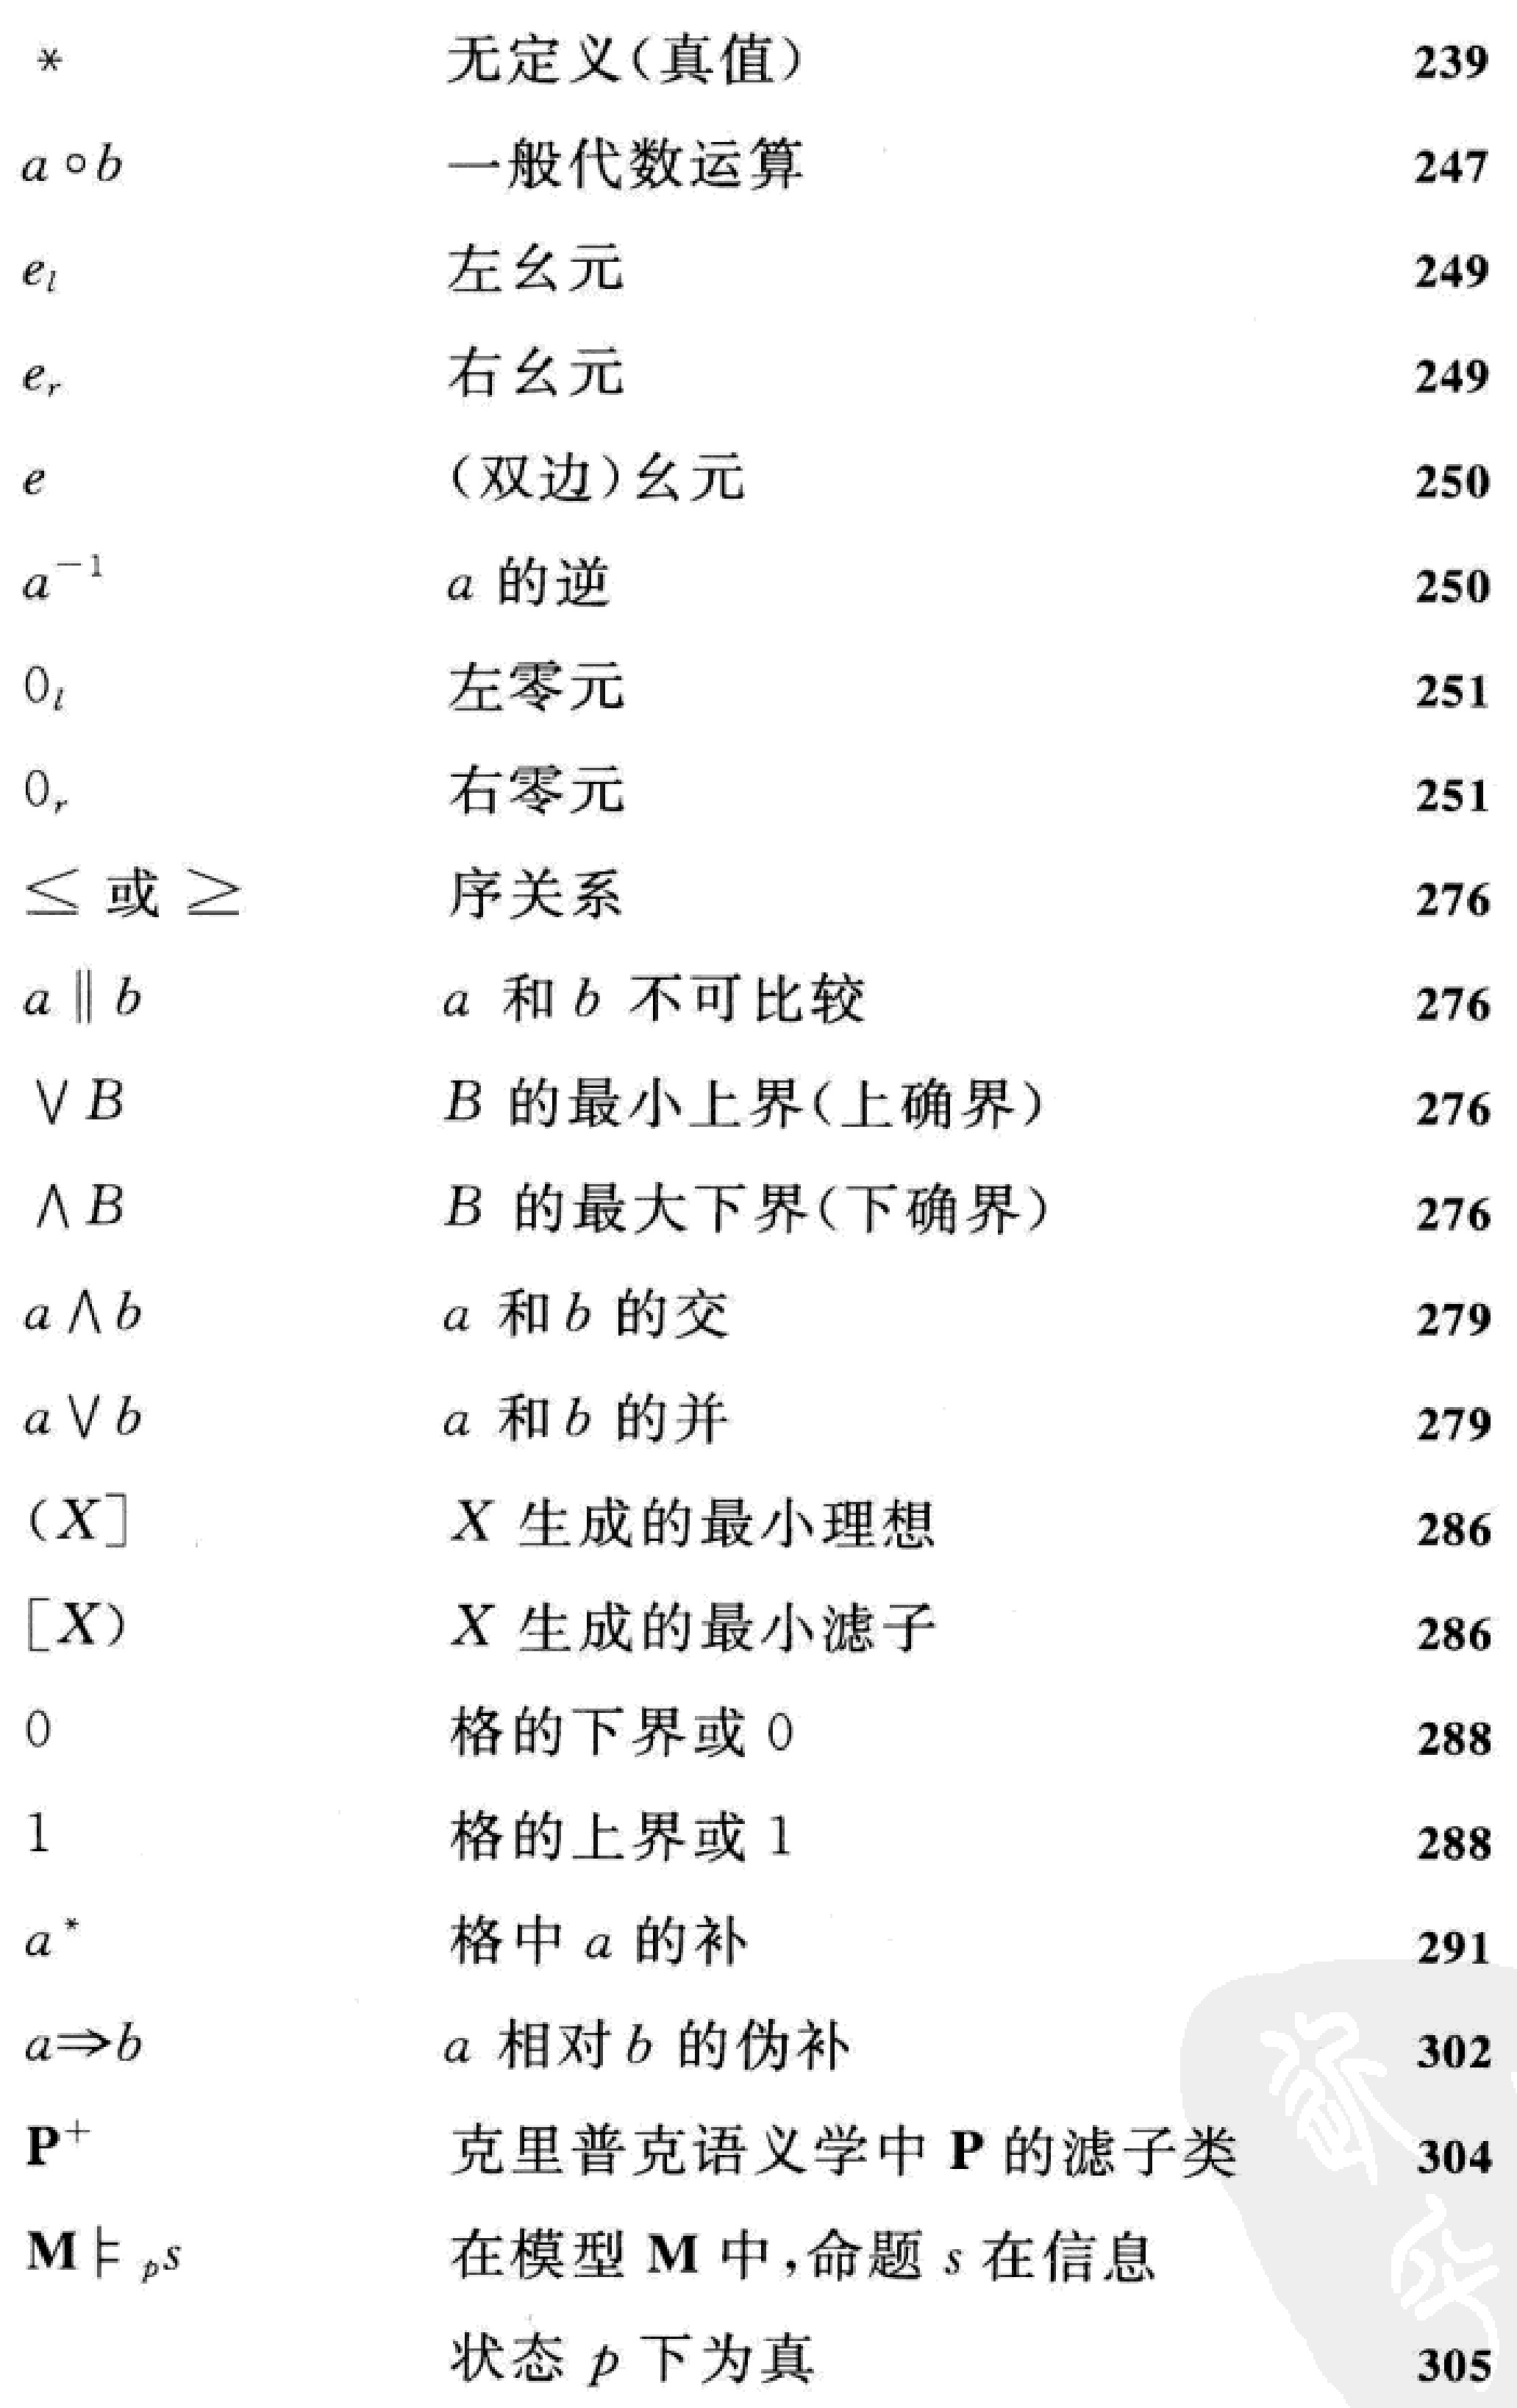
\begin{tabular}{lll}
* & 无定义(真值) & 239 \\
$a \circ b$ & 一般代数运算 & 247 \\
$e_l$ & 左幺元 & 249 \\
$e_r$ & 右幺元 & 249 \\
$e$ & (双边)幺元 & 250 \\
$a^{-1}$ & $a$ 的逆 & 250 \\
$0_l$ & 左零元 & 251 \\
$0_r$ & 右零元 & 251 \\
$\leq$ 或 $\geq$ & 序关系 & 276 \\
$a \| b$ & $a$ 和 $b$ 不可比较 & 276 \\
$\vee B$ & $B$ 的最小上界(上确界) & 276 \\
$\wedge B$ & $B$ 的最大下界(下确界) & 276 \\
$a \wedge b$ & $a$ 和 $b$ 的交 & 279 \\
$a \vee b$ & $a$ 和 $b$ 的并 & 279 \\
$(X]$ & $X$ 生成的最小理想 & 286 \\
{$[X)$} & $X$ 生成的最小滤子 & 286 \\
0 & 格的下界或 0 & 288 \\
1 & 格的上界或 1 & 288 \\
$a^*$ & 格中 $a$ 的补 & 291 \\
$a \Rightarrow b$ & $a$ 相对 $b$ 的伪补 & 302 \\
$\mathbf{P}^{+}$ & 克里普克语义学中 $\mathbf{P}$ 的滤子类 & 304 \\
$\mathbf{M} \vDash_p s$ & 在模型 $\mathbf{M}$ 中,命题 $s$ 在信息状态 $p$ 下为真 & 305
\end{tabular}